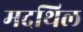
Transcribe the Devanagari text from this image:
मदथिल